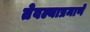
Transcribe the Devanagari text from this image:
तेवल्याप्रमाणे